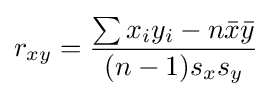
r_{xy}={\frac {\sum x_{i}y_{i}-n{\bar {x}}{\bar {y}}}{(n-1)s_{x}s_{y}}}